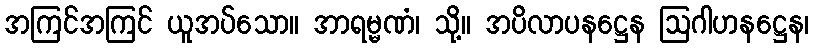
အကြင်အကြင် ယူအပ်သော။ အာရမ္မဏံ၊ သို့။ အပိလာပနဋ္ဌေန ဩဂါဟနဋ္ဌေန၊